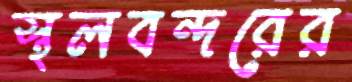
স্থলবন্দরের